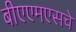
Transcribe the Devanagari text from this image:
बीएएमएसचे